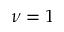
\nu = 1